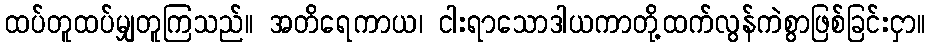
ထပ်တူထပ်မျှတူကြသည်။ အတိရေကာယ၊ ငါးရာသောဒါယကာတို့ထက်လွန်ကဲစွာဖြစ်ခြင်းငှာ။